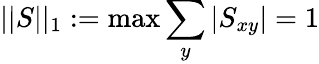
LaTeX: ||S||_{1}:=\operatorname*{max}\sum_{y}|S_{xy}|=1